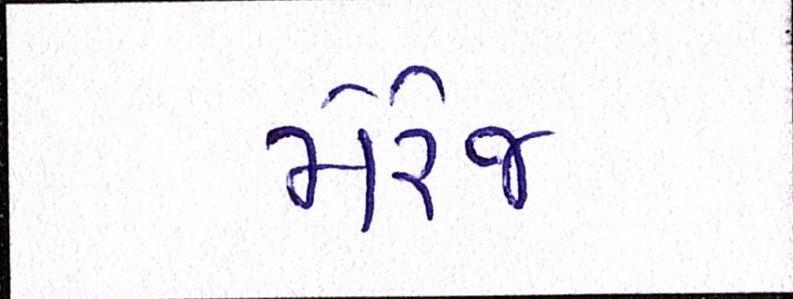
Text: મેરેજ